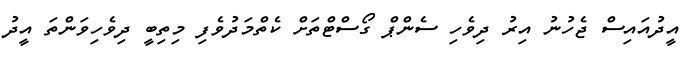
އީދުއައިސް ޖެހުނު އިރު ދިވެހި ސެންޕް ގޯސްޓްތަށް ކެތްމަދުވެފި މިތިބީ ދިވެހިވަންތަ އީދު